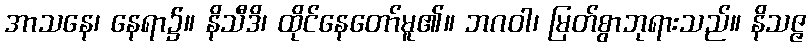
အာသနေ၊ နေရာ၌။ နိသီဒိ၊ ထိုင်နေတော်မူ၏။ ဘဂဝါ၊ မြတ်စွာဘုရားသည်။ နိသဇ္ဇ